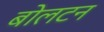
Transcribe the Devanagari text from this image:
बोलटन